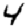
Digit: 4